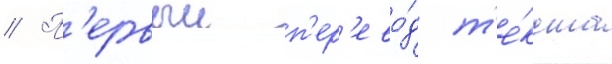
// П'ервыи п'ер'ево́д т'е́кста